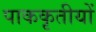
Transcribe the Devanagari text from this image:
पाककृतीयों